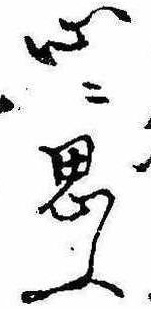
心に思ふ